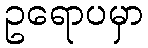
ဥရောပမှာ